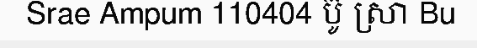
Srae Ampum 110404 ប៊ូ ស្រា Bu